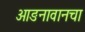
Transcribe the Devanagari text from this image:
आङनावानचा